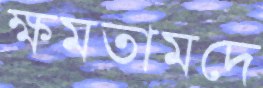
ক্ষমতামদে